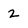
Character: 2